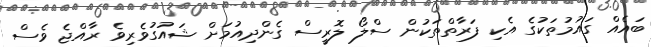
ބައެއް ގައުމުތަކުގެ އެކި ފަރާތްތަކުން ސްލޯ ލޮރީސް ގެންދިއުމަށް ޝައުގުވެރިވެ ރާއްޖެ ވެސް